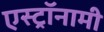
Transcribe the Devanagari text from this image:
एस्‍ट्रॉनामी